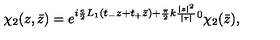
\chi _ { 2 } ( z , \bar { z } ) = e ^ { i \frac { e } { 2 } L _ { 1 } ( t _ { - } z + t _ { + } \bar { z } ) + \frac { \pi } { 2 } k \frac { | z | ^ { 2 } } { | \tau | } } ^ { 0 } \chi _ { 2 } ( \bar { z } ) ,